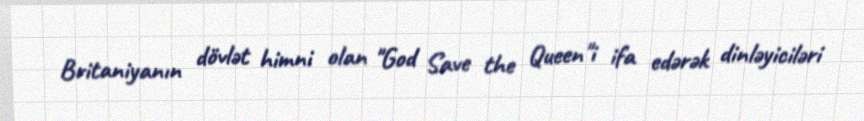
Britaniyanın dövlət himni olan "God Save the Queen"i ifa edərək dinləyiciləri